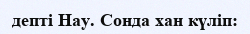
депті Нау. Сонда хан күліп: